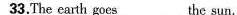
33.The earth goes___the sun.